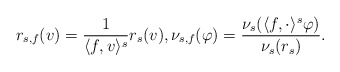
\begin{align*}r_{s, f}(v) = \frac{1}{\langle f, v \rangle^s} r_s(v), \nu_{s,f}(\varphi) = \frac{\nu_s(\langle f, \cdot \rangle^s \varphi)}{\nu_s(r_s)}. \end{align*}